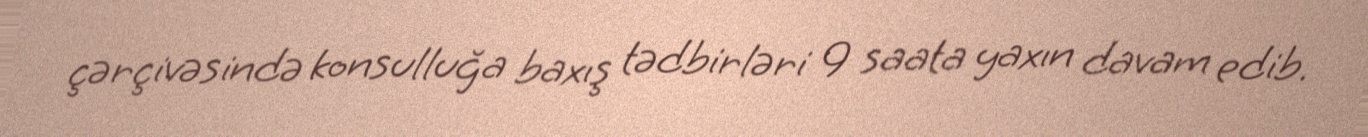
çərçivəsində konsulluğa baxış tədbirləri 9 saata yaxın davam edib.